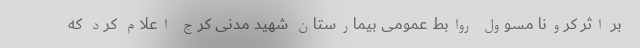
بر اثر کرونا مسوول روابط عمومی بیمارستان شهید مدنی کرج اعلام کرد که